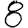
Digit: 8